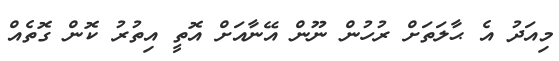
މިއަދު އެ ޙާލަތަށް ރުހުން ނޫން އޭނާއަށް އޮތީ އިތުރު ކޮން ގޮތެއް